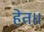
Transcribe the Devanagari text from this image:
हेत।।